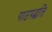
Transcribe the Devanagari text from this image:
पाठपद्धति